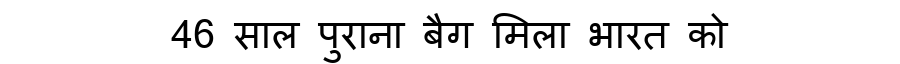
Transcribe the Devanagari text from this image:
46 साल पुराना बैग मिला भारत को